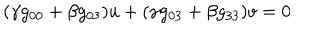
( \gamma g _ { 0 0 } + \beta g _ { 0 3 } ) u + ( \gamma g _ { 0 3 } + \beta g _ { 3 3 } ) v = 0